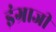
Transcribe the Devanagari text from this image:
इंग्राजी